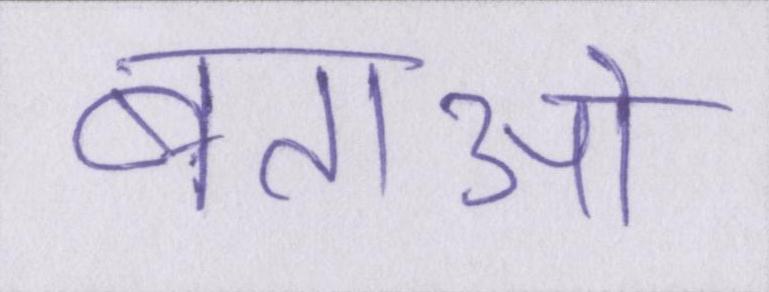
बताओ